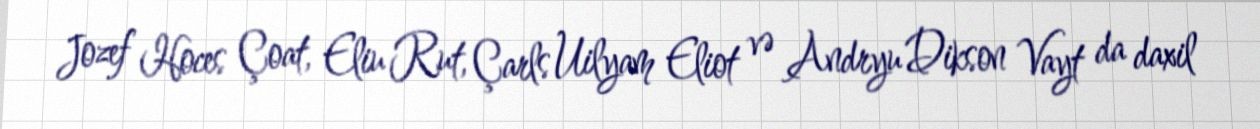
Jozef Hoces Çoat, Eliu Rut, Çarls Uilyam Eliot və Andryu Dikson Vayt da daxil